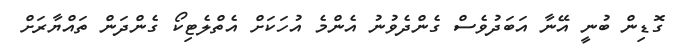
ގޮޑިން ބުނީ އޭނާ އަބަދުވެސް ގެންދެވުނު އެންމެ އުހަކަށް އެތްލެޓިކޯ ގެންދަން ތައްޔާރަށް